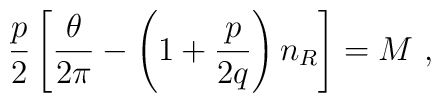
{p\over 2} \left[{\theta\over 2\pi}-\left(1+{p\over 2q}\right) n_{R}\right] = M \,\,,